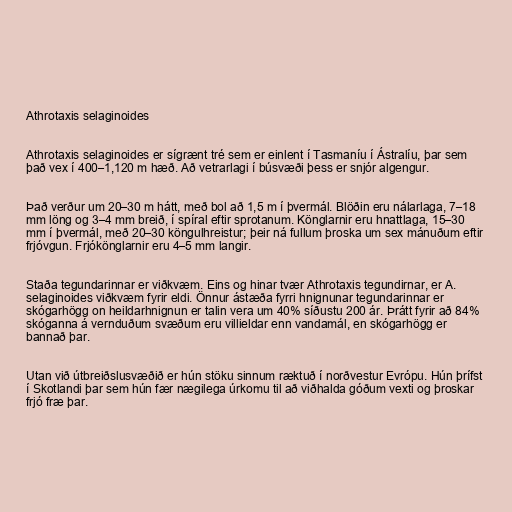
Athrotaxis selaginoides

Athrotaxis selaginoides er sígrænt tré sem er einlent í Tasmaníu í Ástralíu, þar sem
það vex í 400–1,120 m hæð. Að vetrarlagi í búsvæði þess er snjór algengur.

Það verður um 20–30 m hátt, með bol að 1,5 m í þvermál. Blöðin eru nálarlaga, 7–18
mm löng og 3–4 mm breið, í spíral eftir sprotanum. Könglarnir eru hnattlaga, 15–30
mm í þvermál, með 20–30 köngulhreistur; þeir ná fullum þroska um sex mánuðum eftir
frjóvgun. Frjókönglarnir eru 4–5 mm langir.

Staða tegundarinnar er viðkvæm. Eins og hinar tvær Athrotaxis tegundirnar, er A.
selaginoides viðkvæm fyrir eldi. Önnur ástæða fyrri hnignunar tegundarinnar er
skógarhögg on heildarhnignun er talin vera um 40% síðustu 200 ár. Þrátt fyrir að 84%
skóganna á vernduðum svæðum eru villieldar enn vandamál, en skógarhögg er
bannað þar.

Utan við útbreiðslusvæðið er hún stöku sinnum ræktuð í norðvestur Evrópu. Hún þrífst
í Skotlandi þar sem hún fær nægilega úrkomu til að viðhalda góðum vexti og þroskar
frjó fræ þar.